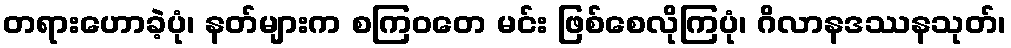
တရားဟောခဲ့ပုံ၊ နတ်များက စကြဝတေ မင်း ဖြစ်စေလိုကြပုံ၊ ဂိလာနဒဿနသုတ်၊